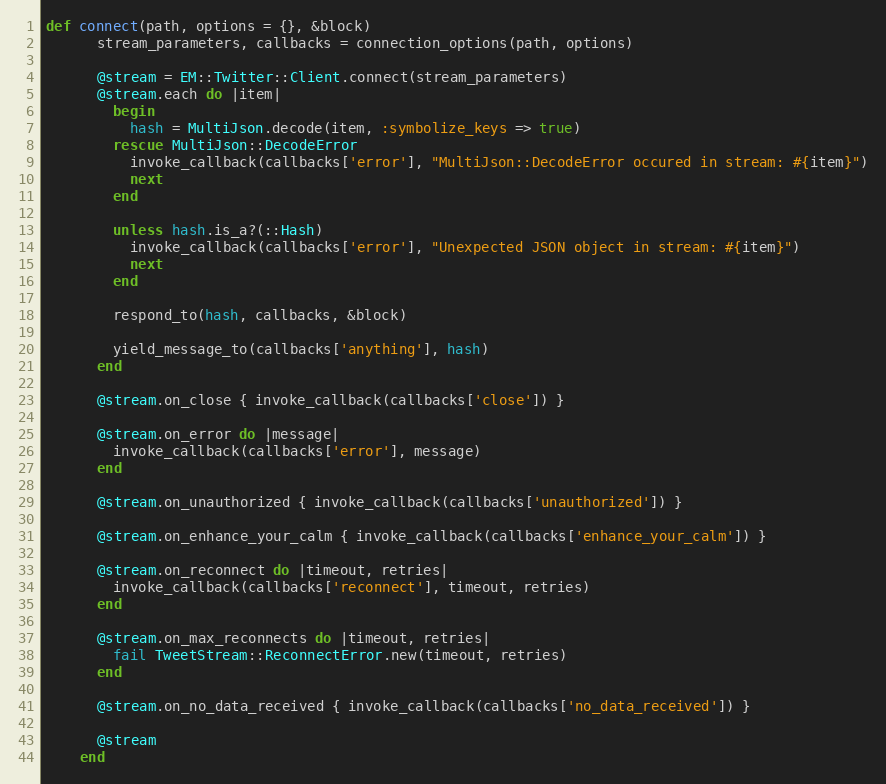
Language: Ruby
def connect(path, options = {}, &block)
      stream_parameters, callbacks = connection_options(path, options)

      @stream = EM::Twitter::Client.connect(stream_parameters)
      @stream.each do |item|
        begin
          hash = MultiJson.decode(item, :symbolize_keys => true)
        rescue MultiJson::DecodeError
          invoke_callback(callbacks['error'], "MultiJson::DecodeError occured in stream: #{item}")
          next
        end

        unless hash.is_a?(::Hash)
          invoke_callback(callbacks['error'], "Unexpected JSON object in stream: #{item}")
          next
        end

        respond_to(hash, callbacks, &block)

        yield_message_to(callbacks['anything'], hash)
      end

      @stream.on_close { invoke_callback(callbacks['close']) }

      @stream.on_error do |message|
        invoke_callback(callbacks['error'], message)
      end

      @stream.on_unauthorized { invoke_callback(callbacks['unauthorized']) }

      @stream.on_enhance_your_calm { invoke_callback(callbacks['enhance_your_calm']) }

      @stream.on_reconnect do |timeout, retries|
        invoke_callback(callbacks['reconnect'], timeout, retries)
      end

      @stream.on_max_reconnects do |timeout, retries|
        fail TweetStream::ReconnectError.new(timeout, retries)
      end

      @stream.on_no_data_received { invoke_callback(callbacks['no_data_received']) }

      @stream
    end